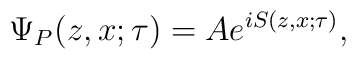
\Psi _{P}(z,x;\tau )=Ae^{iS(z,x;\tau )},